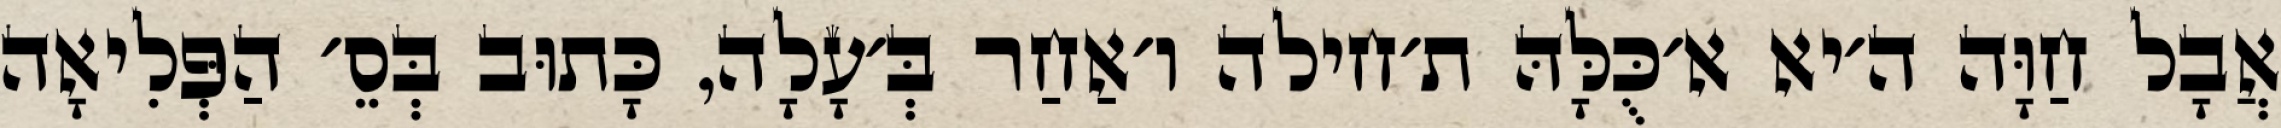
אֲבָל חַוָּה ה׳יא א׳כֻּלָּהּ ת׳חילה ו׳אַחַר בְּ׳עָלָה, כָּתוּב בְּסֵ׳ הַפְּלִיאָה